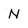
Character: N